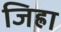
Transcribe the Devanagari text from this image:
जिह्रा